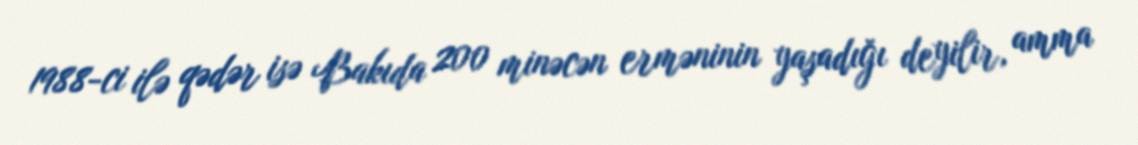
1988-ci ilə qədər isə Bakıda 200 minəcən erməninin yaşadığı deyilir, amma